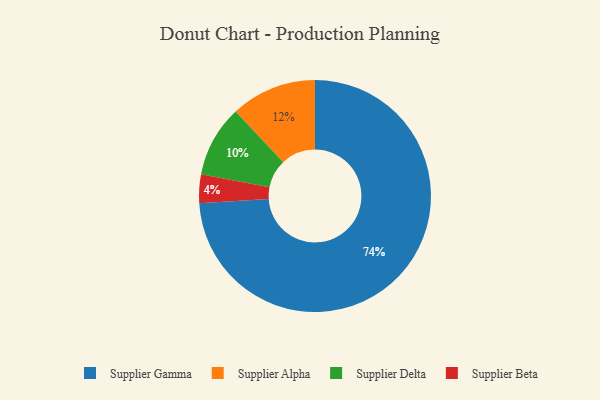
{"axis": {"x": "Category", "y": "Percentage"}, "legend": ["Supplier Alpha", "Supplier Beta", "Supplier Delta", "Supplier Gamma"], "data": [{"x": "Supplier Beta", "y": 4, "type": "Supplier Beta"}, {"x": "Supplier Gamma", "y": 74, "type": "Supplier Gamma"}, {"x": "Supplier Delta", "y": 10, "type": "Supplier Delta"}, {"x": "Supplier Alpha", "y": 12, "type": "Supplier Alpha"}]}